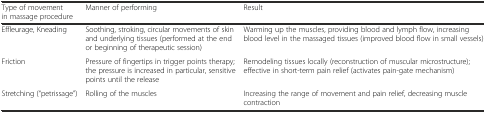
<table><thead><tr><td><b>Type of movement in massage procedure</b></td><td><b>Manner of performing</b></td><td><b>Result</b></td></tr></thead><tbody><tr><td>Effleurage, Kneading</td><td>Soothing, stroking, circular movements of skin and underlying tissues (performed at the end or beginning of therapeutic session)</td><td>Warming up the muscles, providing blood and lymph flow, increasing blood level in the massaged tissues (improved blood flow in small vessels)</td></tr><tr><td>Friction</td><td>Pressure of fingertips in trigger points therapy; the pressure is increased in particular, sensitive points until the release</td><td>Remodeling tissues locally (reconstruction of muscular microstructure); effective in short-term pain relief (activates pain-gate mechanism)</td></tr><tr><td>Stretching (“petrissage”)</td><td>Rolling of the muscles</td><td>Increasing the range of movement and pain relief, decreasing muscle contraction</td></tr></tbody></table>